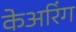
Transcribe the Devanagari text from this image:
केअरिंग